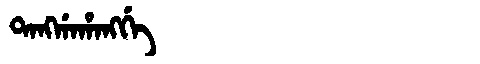
Manchu: ᡨᠠᠩᡤᠠᡥᠠᠩᡤᡝ
Romanization: TANGGAHANGGE